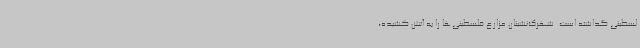
لسطینی گذاشته است. شهرک‌نشینان مزارع فلسطینی‌ها را به آتش کشیده،